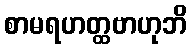
စာမရဟတ္ထဗာဟုဘိ